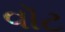
વૉટ